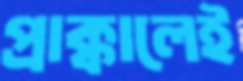
প্রাক্কালেই